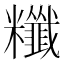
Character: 䊱